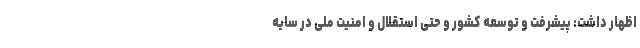
اظهار داشت: پیشرفت و توسعه کشور و حتی استقلال و امنیت ملی در سایه